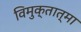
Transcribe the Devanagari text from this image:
विमुक्तात्मा